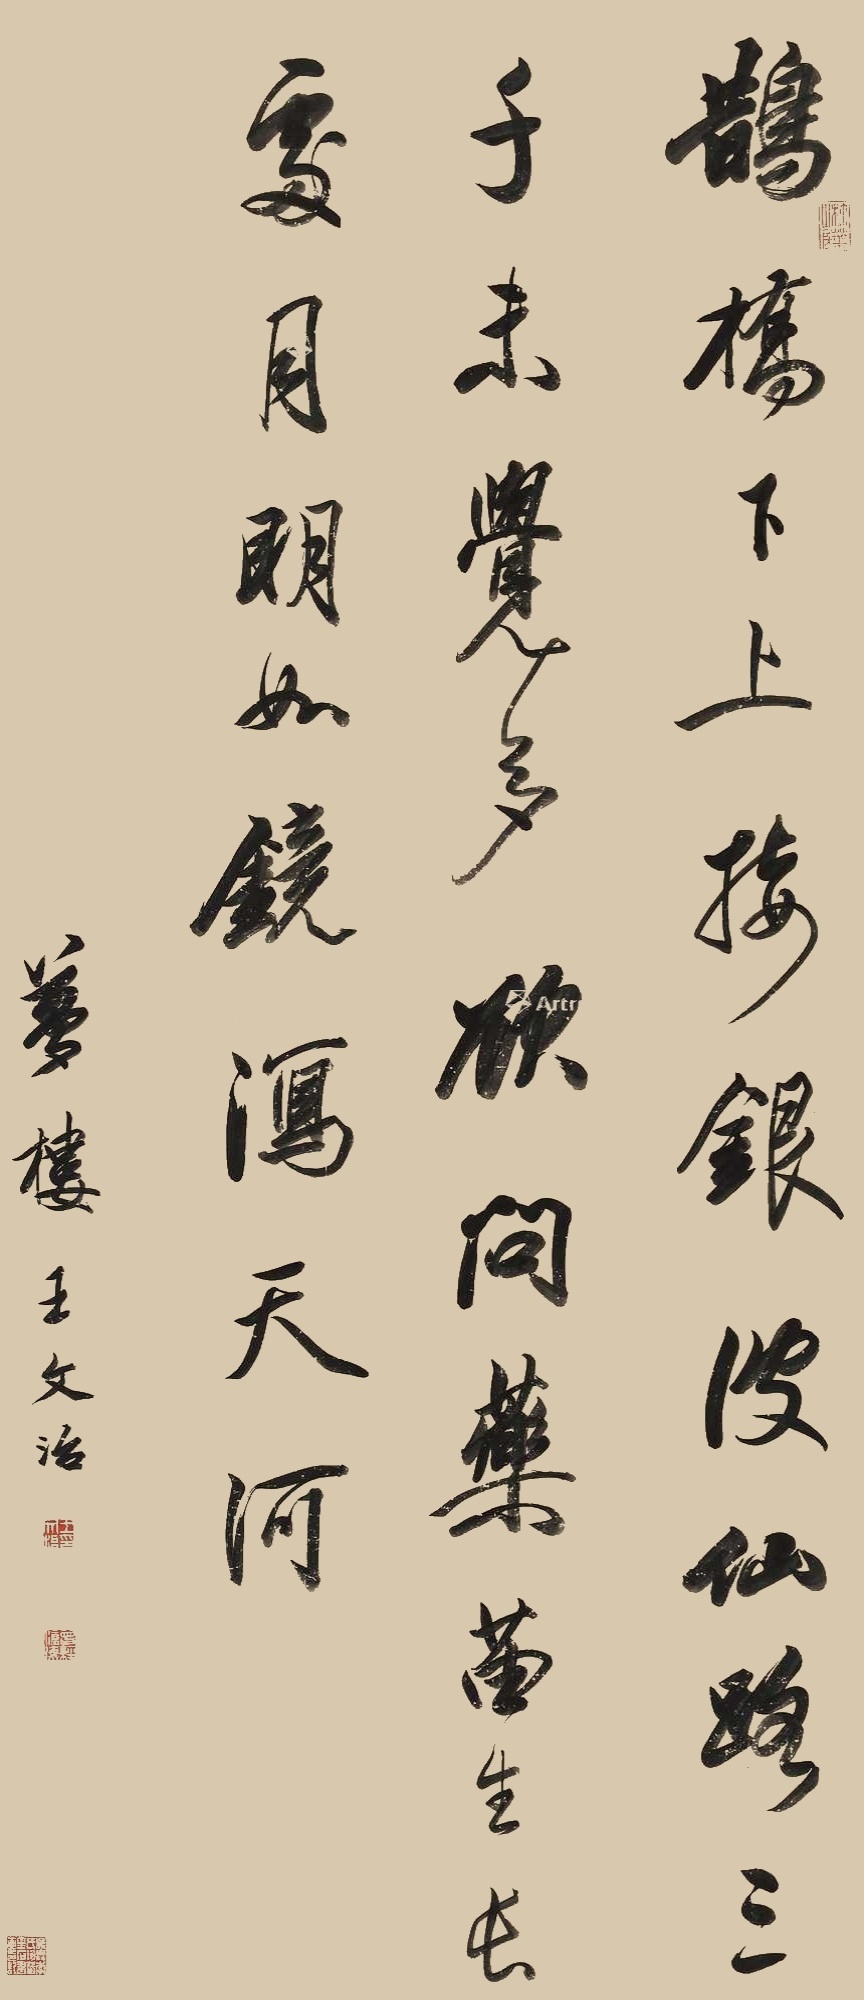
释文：鹊桥下上接银波，仙路三千未觉多。欲问药苗生长处，月明如镜泻天河。梦楼王文治。